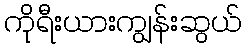
ကိုရီးယားကျွန်းဆွယ်